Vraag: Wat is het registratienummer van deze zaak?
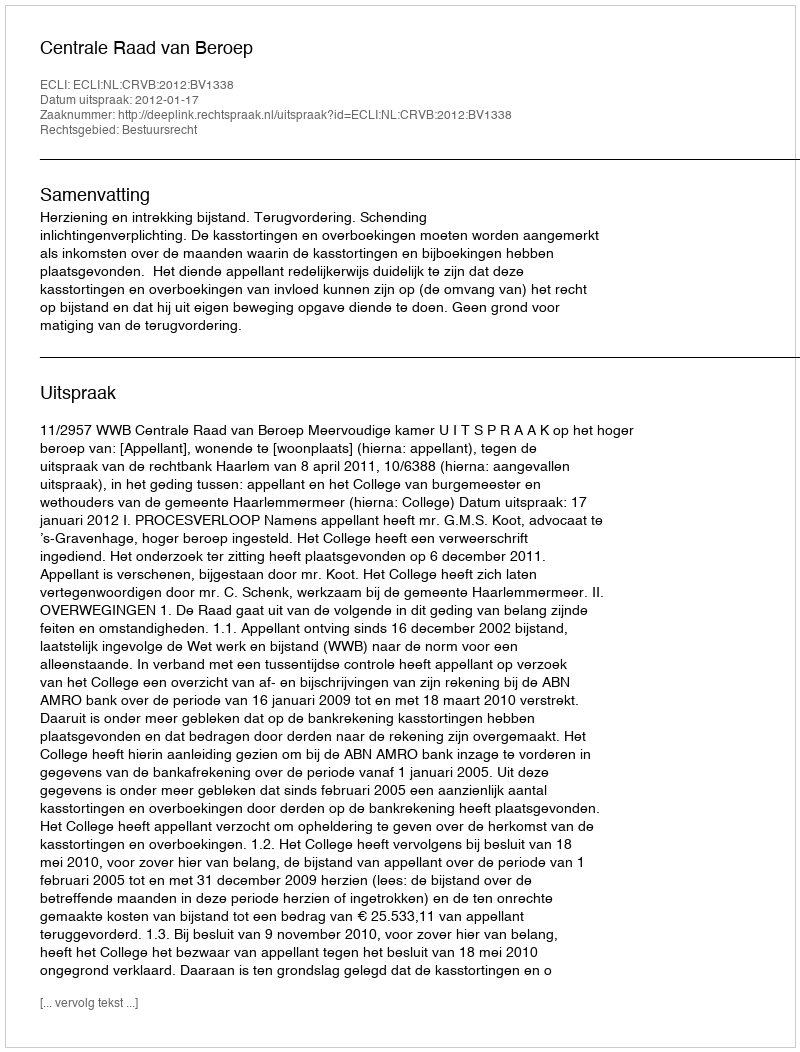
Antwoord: http://deeplink.rechtspraak.nl/uitspraak?id=ECLI:NL:CRVB:2012:BV1338